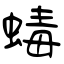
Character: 蝳